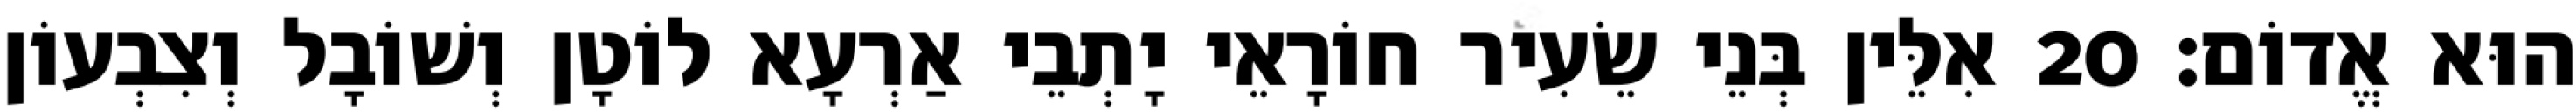
הוּא אֱדוֹם׃ 20 אִלֵּין בְּנֵי שֵׂעִיר חוֹרָאֵי יָתְבֵי אַרְעָא לוֹטָן וְשׁוֹבָל וְצִבְעוֹן